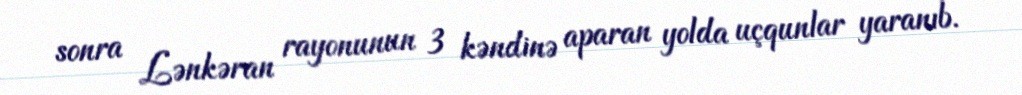
sonra Lənkəran rayonunun 3 kəndinə aparan yolda uçqunlar yaranıb.